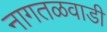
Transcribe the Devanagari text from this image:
नागतळवाडी